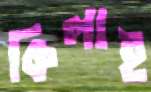
কিলাই